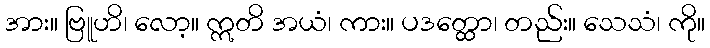
အား။ ဗြူဟိ၊ လော့။ ဣတိ အယံ၊ ကား။ ပဒတ္ထော၊ တည်း။ သေသံ၊ ကို။